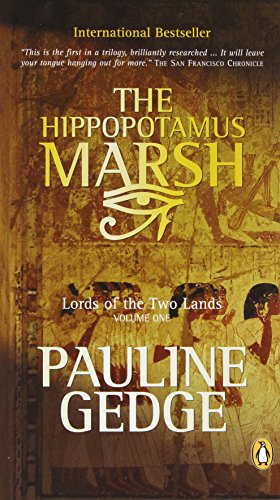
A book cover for The Hippopotamus Marsh (Lords of the Two lands, Vol. 1); Pauline Gedge; Teen & Young Adult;